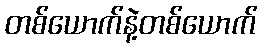
တစ်ယောက်နဲ့တစ်ယောက်